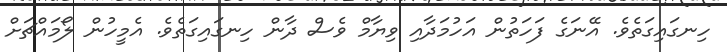
ހިނގައިގަތެވެ. އޭނަގެ ފަހަތުން އަހުމަދާއި ވިޔާމް ވެސް ދާން ހިނގައިގަތެވެ. އެމީހުން ލޯމައްޗަށް